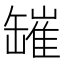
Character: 𦉎